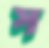
স